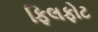
ફિલફોટ